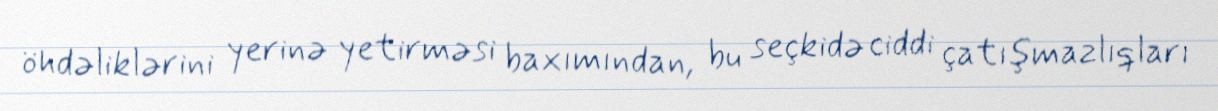
öhdəliklərini yerinə yetirməsi baxımından, bu seçkidə ciddi çatışmazlıqları